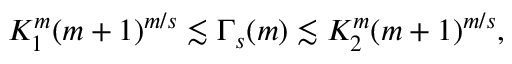
\begin{array} { r } { K _ { 1 } ^ { m } ( m + 1 ) ^ { m / s } \lesssim \Gamma _ { s } ( m ) \lesssim K _ { 2 } ^ { m } ( m + 1 ) ^ { m / s } , } \end{array}